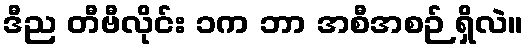
ဒီည တီဗီလိုင်း ၁က ဘာ အစီအစဉ် ရှိလဲ။